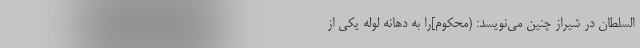
السلطان در شیراز چنین می‌نویسد: (محکوم]را به دهانهٔ لولهٔ یکی از